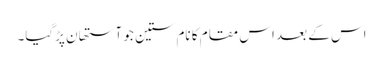
اس کے بعد اس مقام کا نام ستین جو آستھان پڑگیا۔